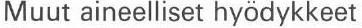
Muut aineelliset hyödykkeet